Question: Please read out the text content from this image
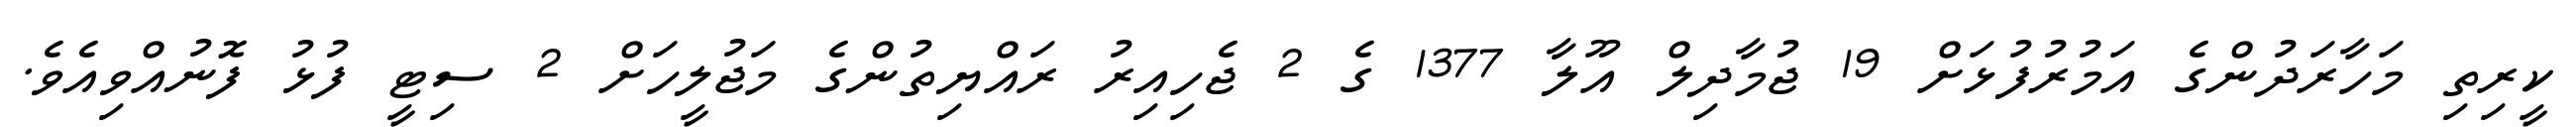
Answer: ކީރިތި މަހާރަދުންގެ އަމުރުފުޅަށް 19 ޖުމާދިލް އޫލާ 1377 ގެ 2 ޖެހިއިރު ރައްޔިތުންގެ މަޖުލީހަށް 2 ސިޓީ ފުޅު ފޮނުއްވިއެވެ.